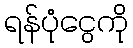
ရန်ပုံငွေကို